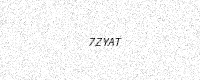
Text: 7ZYAT